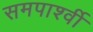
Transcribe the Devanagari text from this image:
समपार्श्वी